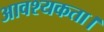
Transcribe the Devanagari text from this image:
आवश्‍यकता।